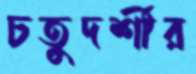
চতুদর্শীর